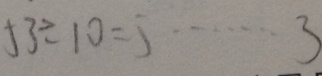
5 3 \div 1 0 = 5 \cdots 3